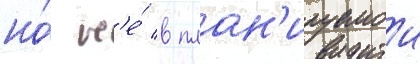
но́ н'е́ в план'ируемои